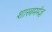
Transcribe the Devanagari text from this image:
शास्त्रमर्मज्ञ